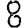
Digit: 8